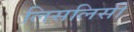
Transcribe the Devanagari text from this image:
लिसलिसी